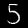
Digit: 5